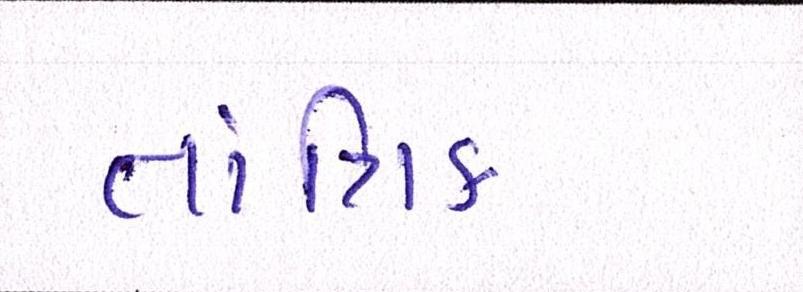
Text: તાંત્રિક